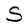
Character: S